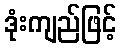
ဒုံးကျည်ဖြင့်